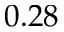
0 . 2 8